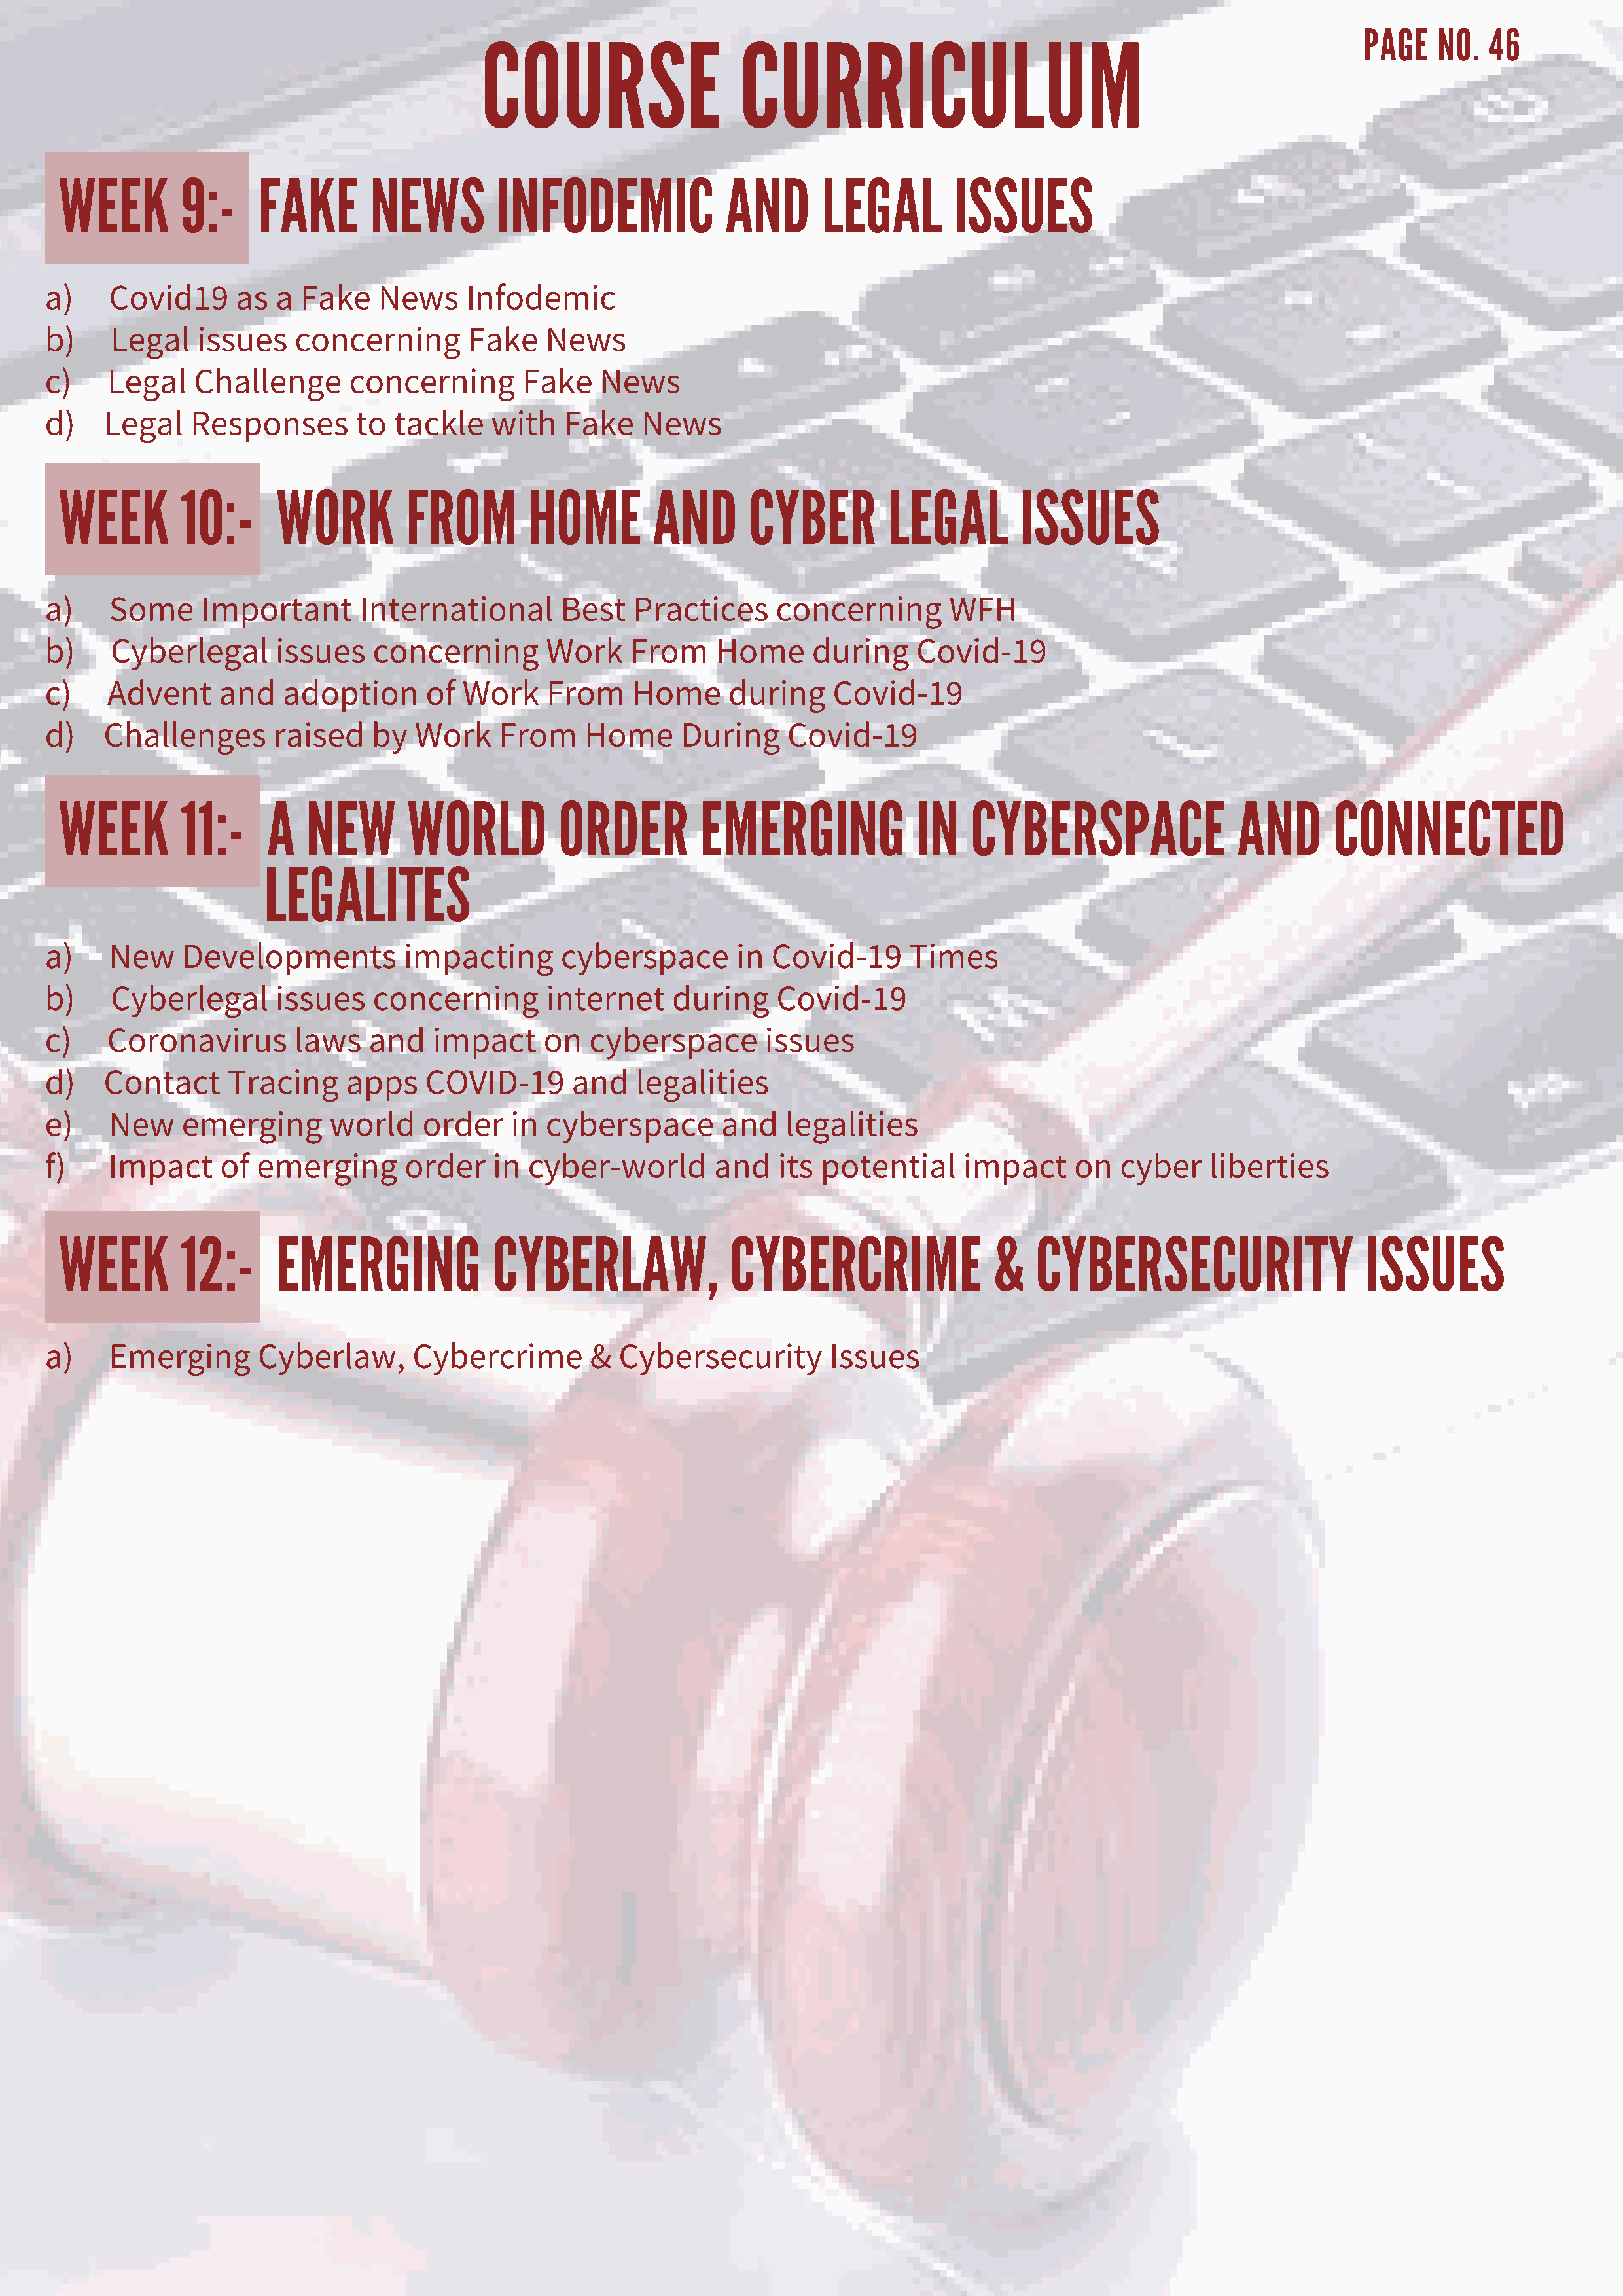
COURSE                    CURRICULUM
 PAGE   NO.   46
 WEEK        9:-     FAKE       NEWS         INFODEMIC              AND       LEGAL        ISSUES
 a)    Covid19      as  a Fake    News     Infodemic
 b)    Legal    issues    concerning       Fake    News
 c)    Legal    Challenge      concerning        Fake    News
 d)   Legal    Responses        to  tackle    with   Fake    News
 WEEK        10:-      WORK         FROM        HOME         AND       CYBER         LEGAL        ISSUES
 a)    Some     Important       International        Best   Practices     concerning        WFH
 b)    Cyberlegal       issues    concerning       Work     From    Home      during     Covid-19
 c)    Advent     and    adoption      of  Work    From     Home      during    Covid-19
 d)   Challenges        raised    by  Work    From     Home      During     Covid-19
 WEEK        11:-     A   NEW       WORLD          ORDER          EMERGING              IN   CYBERSPACE                 AND       CONNECTED
 LEGALITES
 a)    New    Developments           impacting       cyberspace       in  Covid-19      Times
 b)    Cyberlegal       issues    concerning       internet     during     Covid-19
 c)    Coronavirus        laws   and    impact     on   cyberspace       issues
 d)   Contact      Tracing     apps    COVID-19       and   legalities
 e)    New    emerging       world     order    in cyberspace        and   legalities
 f)    Impact     of  emerging       order    in cyber-world        and    its potential     impact      on  cyber    liberties
 WEEK        12:-      EMERGING              CYBERLAW,               CYBERCRIME                &    CYBERSECURITY                    ISSUES
 a)    Emerging       Cyberlaw,       Cybercrime        &  Cybersecurity        Issues